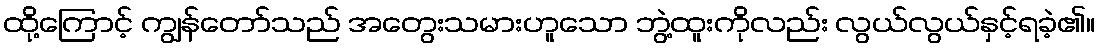
ထို့ကြောင့် ကျွန်တော်သည် အတွေးသမားဟူသော ဘွဲ့ထူးကိုလည်း လွယ်လွယ်နှင့်ရခဲ့၏။